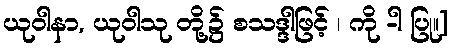
ယုဝါနာ, ယုဝါသု တို့၌ စသဒ္ဒါဖြင့် ၊ ကို -ါ ပြု။]